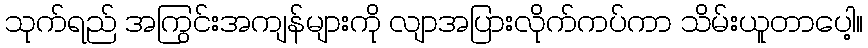
သုက်ရည် အကြွင်းအကျန်များကို လျာအပြားလိုက်ကပ်ကာ သိမ်းယူတာပေါ့။